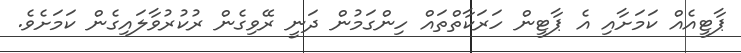
ޕާޓީއެއް ކަމަށާއި އެ ޕާޓީން ހަރަކާތްތައް ހިންގަމުން ދަނީ ރޭވިގެން ރުކުރުވާލައިގެން ކަމަށެވެ.